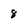
Character: 8